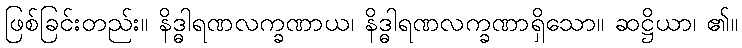
ဖြစ်ခြင်းတည်း။ နိဒ္ဓါရဏလက္ခဏာယ၊ နိဒ္ဓါရဏလက္ခဏာရှိသော။ ဆဋ္ဌိယာ၊ ၏။